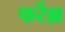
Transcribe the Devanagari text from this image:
फर्रेल्ल